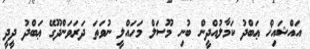
އައްޝައިޚް ޢަބްދު ކަމާލުއްދީން ބުނި މޫސަލް މަހައްލީ ނުވަތަ ދަރަވަންދޫގޭ ޢަބްދު ދީދީ